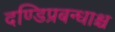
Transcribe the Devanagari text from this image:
दण्डिप्रबन्धाश्च